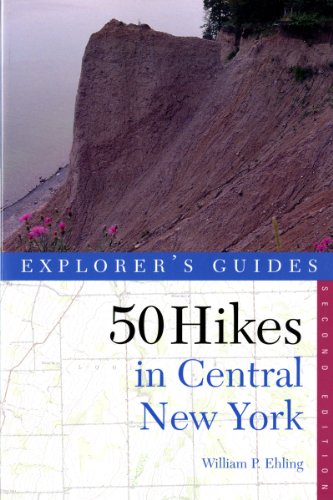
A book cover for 50 Hikes in Central New York: Hikes and Backpacking Trips from the Western Adirondacks to the Finger Lakes; William P. Ehling; Travel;